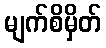
မျက်စိမှိတ်